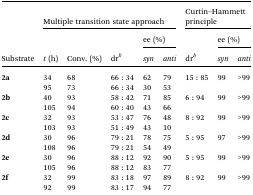
<table><thead><tr><td rowspan="3"><b>Substrate</b></td><td colspan="5"><b>Multiple transition state approach</b></td><td colspan="3"><b>Curtin–Hammett principle</b></td></tr><tr><td rowspan="2"><b><i>t</i> (h)</b></td><td rowspan="2"><b>Conv. (%)</b></td><td rowspan="2"><b>dr<sup><i>b</i></sup></b></td><td colspan="2"><b>ee (%)</b></td><td rowspan="2"><b>dr<sup><i>b</i></sup></b></td><td colspan="2"><b>ee (%)</b></td></tr><tr><td><b><i>syn</i></b></td><td><b><i>anti</i></b></td><td><b><i>syn</i></b></td><td><b><i>anti</i></b></td></tr></thead><tbody><tr><td rowspan="2"><b>2a</b></td><td>34</td><td>68</td><td>66 : 34</td><td>62</td><td>79</td><td rowspan="2">15 : 85</td><td rowspan="2">99</td><td rowspan="2">&gt;99</td></tr><tr><td>95</td><td>73</td><td>66 : 34</td><td>30</td><td>53</td></tr><tr><td rowspan="2"><b>2b</b></td><td>40</td><td>93</td><td>58 : 42</td><td>71</td><td>85</td><td rowspan="2">6 : 94</td><td rowspan="2">99</td><td rowspan="2">&gt;99</td></tr><tr><td>105</td><td>94</td><td>60 : 40</td><td>43</td><td>66</td></tr><tr><td rowspan="2"><b>2c</b></td><td>32</td><td>93</td><td>53 : 47</td><td>76</td><td>48</td><td rowspan="2">8 : 92</td><td rowspan="2">99</td><td rowspan="2">&gt;99</td></tr><tr><td>103</td><td>93</td><td>51 : 49</td><td>43</td><td>10</td></tr><tr><td rowspan="2"><b>2d</b></td><td>30</td><td>96</td><td>79 : 21</td><td>78</td><td>75</td><td rowspan="2">5 : 95</td><td rowspan="2">97</td><td rowspan="2">&gt;99</td></tr><tr><td>108</td><td>96</td><td>79 : 21</td><td>54</td><td>49</td></tr><tr><td rowspan="2"><b>2e</b></td><td>30</td><td>96</td><td>88 : 12</td><td>92</td><td>90</td><td rowspan="2">5 : 95</td><td rowspan="2">99</td><td rowspan="2">&gt;99</td></tr><tr><td>105</td><td>96</td><td>88 : 12</td><td>83</td><td>77</td></tr><tr><td rowspan="2"><b>2f</b></td><td>32</td><td>99</td><td>83 : 18</td><td>97</td><td>89</td><td rowspan="2">8 : 92</td><td rowspan="2">99</td><td rowspan="2">&gt;99</td></tr><tr><td>92</td><td>99</td><td>83 : 17</td><td>94</td><td>77</td></tr></tbody></table>